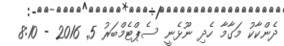
ދެންކާކު މަގާމާ ހެދި ނޫޅެނީ ސެޕްޓެމްބަރު 5